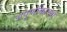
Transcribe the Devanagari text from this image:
अपूर्णांकाच्या